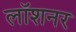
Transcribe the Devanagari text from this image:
लॉशनर